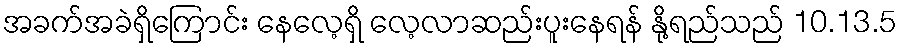
အခက်အခဲရှိကြောင်း နေလေ့ရှိ လေ့လာဆည်းပူးနေရန် နို့ရည်သည် 10.13.5